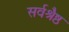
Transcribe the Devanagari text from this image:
सर्वश्रैष्ठ